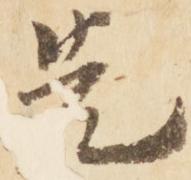
先